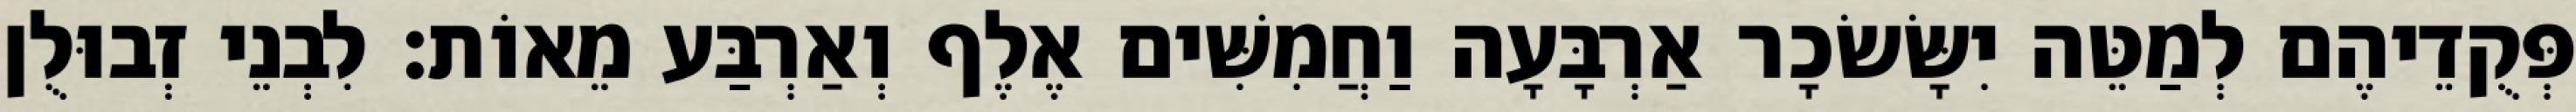
פְּקֻדֵיהֶם לְמַטֵּה יִשָּׂשׂכָר אַרְבָּעָה וַחֲמִשִּׁים אֶלֶף וְאַרְבַּע מֵאוֹת׃ לִבְנֵי זְבוּלֻן